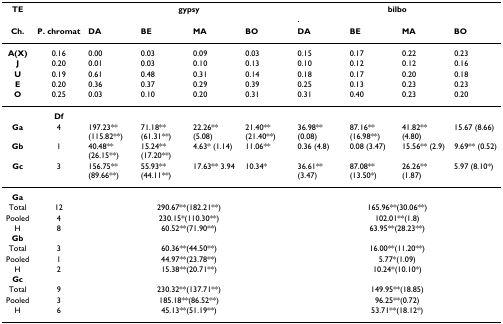
<table><thead><tr><td><b>TE</b></td><td></td><td colspan="4"><b>gypsy</b></td><td colspan="4"><b>bilbo</b></td></tr><tr><td><b>Ch.</b></td><td><b>P. chromat</b></td><td><b>DA</b></td><td><b>BE</b></td><td><b>MA</b></td><td><b>BO</b></td><td><b>DA</b></td><td><b>BE</b></td><td><b>MA</b></td><td><b>BO</b></td></tr></thead><tbody><tr><td><b>A(X)</b></td><td>0.16</td><td>0.00</td><td>0.03</td><td>0.09</td><td>0.03</td><td>0.15</td><td>0.17</td><td>0.22</td><td>0.23</td></tr><tr><td><b>J</b></td><td>0.20</td><td>0.01</td><td>0.03</td><td>0.10</td><td>0.13</td><td>0.10</td><td>0.12</td><td>0.12</td><td>0.16</td></tr><tr><td><b>U</b></td><td>0.19</td><td>0.61</td><td>0.48</td><td>0.31</td><td>0.14</td><td>0.18</td><td>0.17</td><td>0.20</td><td>0.18</td></tr><tr><td><b>E</b></td><td>0.20</td><td>0.36</td><td>0.37</td><td>0.29</td><td>0.39</td><td>0.25</td><td>0.13</td><td>0.23</td><td>0.23</td></tr><tr><td><b>O</b></td><td>0.25</td><td>0.03</td><td>0.10</td><td>0.20</td><td>0.31</td><td>0.31</td><td>0.40</td><td>0.23</td><td>0.20</td></tr><tr><td></td><td><b>Df</b></td><td></td><td></td><td></td><td></td><td></td><td></td><td></td><td></td></tr><tr><td><b>Ga</b></td><td>4</td><td>197.23** (115.82**)</td><td>71.18** (61.31**)</td><td>22.26** (5.08)</td><td>21.40** (21.40**)</td><td>36.98** (0.08)</td><td>87.16** (16.98**)</td><td>41.82** (4.80)</td><td>15.67 (8.66)</td></tr><tr><td><b>Gb</b></td><td>1</td><td>40.48** (26.15**)</td><td>15.24** (17.20**)</td><td>4.63* (1.14)</td><td>11.06**</td><td>0.36 (4.8)</td><td>0.08 (3.47)</td><td>15.56** (2.9)</td><td>9.69** (0.52)</td></tr><tr><td><b>Gc</b></td><td>3</td><td>156.75** (89.66**)</td><td>55.93** (44.11**)</td><td>17.63** 3.94</td><td>10.34*</td><td>36.61** (3.47)</td><td>87.08** (13.50*)</td><td>26.26** (1.87)</td><td>5.97 (8.10*)</td></tr><tr><td><b>Ga</b></td><td></td><td></td><td></td><td></td><td></td><td></td><td></td><td></td><td></td></tr><tr><td>Total</td><td>12</td><td colspan="4">290.67**(182.21**)</td><td colspan="4">165.96**(30.06**)</td></tr><tr><td>Pooled</td><td>4</td><td colspan="4">230.15*(110.30**)</td><td colspan="4">102.01**(1.8)</td></tr><tr><td>H</td><td>8</td><td colspan="4">60.52**(71.90**)</td><td colspan="4">63.95**(28.23**)</td></tr><tr><td><b>Gb</b></td><td></td><td></td><td></td><td></td><td></td><td></td><td></td><td></td><td></td></tr><tr><td>Total</td><td>3</td><td colspan="4">60.36**(44.50**)</td><td colspan="4">16.00**(11.20**)</td></tr><tr><td>Pooled</td><td>1</td><td colspan="4">44.97**(23.78**)</td><td colspan="4">5.77*(1.09)</td></tr><tr><td>H</td><td>2</td><td colspan="4">15.38**(20.71**)</td><td colspan="4">10.24*(10.10*)</td></tr><tr><td><b>Gc</b></td><td></td><td></td><td></td><td></td><td></td><td></td><td></td><td></td><td></td></tr><tr><td>Total</td><td>9</td><td colspan="4">230.32**(137.71**)</td><td colspan="4">149.95**(18.85)</td></tr><tr><td>Pooled</td><td>3</td><td colspan="4">185.18**(86.52**)</td><td colspan="4">96.25**(0.72)</td></tr><tr><td>H</td><td>6</td><td colspan="4">45.13**(51.19**)</td><td colspan="4">53.71**(18.12*)</td></tr></tbody></table>